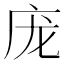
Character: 庞